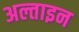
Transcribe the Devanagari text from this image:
अल्ताइन